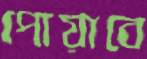
পোয়াবে